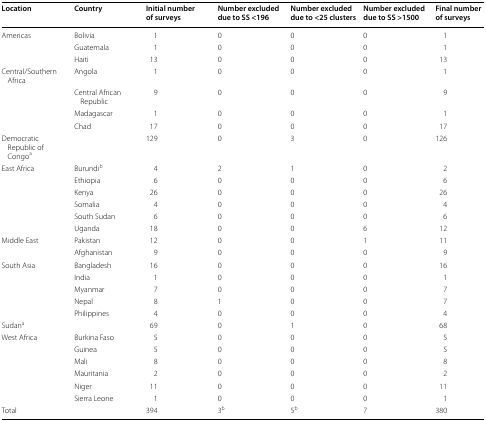
<table><thead><tr><td><b>Location</b></td><td><b>Country</b></td><td><b>Initial number of surveys</b></td><td><b>Number excluded due to SS &lt;196</b></td><td><b>Number excluded due to &lt;25 clusters</b></td><td><b>Number excluded due to SS &gt;1500</b></td><td><b>Final number of surveys</b></td></tr></thead><tbody><tr><td>Americas</td><td>Bolivia</td><td>1</td><td>0</td><td>0</td><td>0</td><td>1</td></tr><tr><td></td><td>Guatemala</td><td>1</td><td>0</td><td>0</td><td>0</td><td>1</td></tr><tr><td></td><td>Haiti</td><td>13</td><td>0</td><td>0</td><td>0</td><td>13</td></tr><tr><td>Central/Southern Africa</td><td>Angola</td><td>1</td><td>0</td><td>0</td><td>0</td><td>1</td></tr><tr><td></td><td>Central African Republic</td><td>9</td><td>0</td><td>0</td><td>0</td><td>9</td></tr><tr><td></td><td>Madagascar</td><td>1</td><td>0</td><td>0</td><td>0</td><td>1</td></tr><tr><td></td><td>Chad</td><td>17</td><td>0</td><td>0</td><td>0</td><td>17</td></tr><tr><td>Democratic Republic of Congo<sup>a</sup></td><td></td><td>129</td><td>0</td><td>3</td><td>0</td><td>126</td></tr><tr><td>East Africa</td><td>Burundi<sup>b</sup></td><td>4</td><td>2</td><td>1</td><td>0</td><td>2</td></tr><tr><td></td><td>Ethiopia</td><td>6</td><td>0</td><td>0</td><td>0</td><td>6</td></tr><tr><td></td><td>Kenya</td><td>26</td><td>0</td><td>0</td><td>0</td><td>26</td></tr><tr><td></td><td>Somalia</td><td>4</td><td>0</td><td>0</td><td>0</td><td>4</td></tr><tr><td></td><td>South Sudan</td><td>6</td><td>0</td><td>0</td><td>0</td><td>6</td></tr><tr><td></td><td>Uganda</td><td>18</td><td>0</td><td>0</td><td>6</td><td>12</td></tr><tr><td>Middle East</td><td>Pakistan</td><td>12</td><td>0</td><td>0</td><td>1</td><td>11</td></tr><tr><td></td><td>Afghanistan</td><td>9</td><td>0</td><td>0</td><td>0</td><td>9</td></tr><tr><td>South Asia</td><td>Bangladesh</td><td>16</td><td>0</td><td>0</td><td>0</td><td>16</td></tr><tr><td></td><td>India</td><td>1</td><td>0</td><td>0</td><td>0</td><td>1</td></tr><tr><td></td><td>Myanmar</td><td>7</td><td>0</td><td>0</td><td>0</td><td>7</td></tr><tr><td></td><td>Nepal</td><td>8</td><td>1</td><td>0</td><td>0</td><td>7</td></tr><tr><td></td><td>Philippines</td><td>4</td><td>0</td><td>0</td><td>0</td><td>4</td></tr><tr><td>Sudan<sup>a</sup></td><td></td><td>69</td><td>0</td><td>1</td><td>0</td><td>68</td></tr><tr><td>West Africa</td><td>Burkina Faso</td><td>5</td><td>0</td><td>0</td><td>0</td><td>5</td></tr><tr><td></td><td>Guinea</td><td>5</td><td>0</td><td>0</td><td>0</td><td>5</td></tr><tr><td></td><td>Mali</td><td>8</td><td>0</td><td>0</td><td>0</td><td>8</td></tr><tr><td></td><td>Mauritania</td><td>2</td><td>0</td><td>0</td><td>0</td><td>2</td></tr><tr><td></td><td>Niger</td><td>11</td><td>0</td><td>0</td><td>0</td><td>11</td></tr><tr><td></td><td>Sierra Leone</td><td>1</td><td>0</td><td>0</td><td>0</td><td>1</td></tr><tr><td>Total</td><td></td><td>394</td><td>3<sup>b</sup></td><td>5<sup>b</sup></td><td>7</td><td>380</td></tr></tbody></table>